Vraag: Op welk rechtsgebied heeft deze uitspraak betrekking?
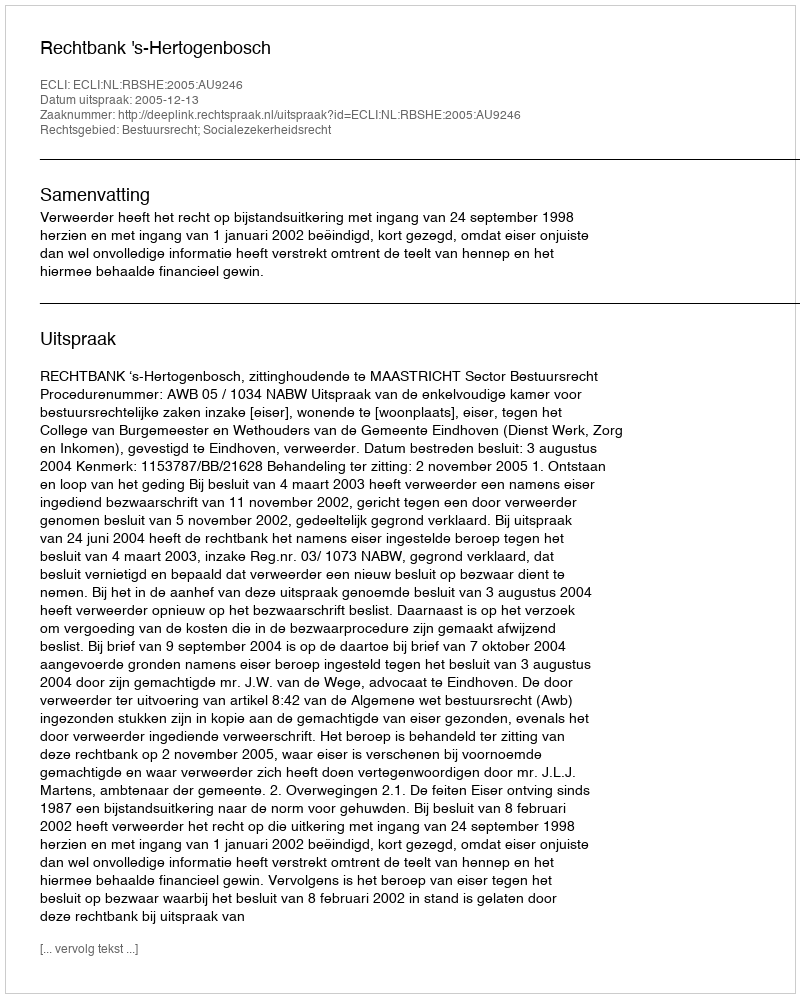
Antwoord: Bestuursrecht; Socialezekerheidsrecht